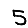
Digit: 5